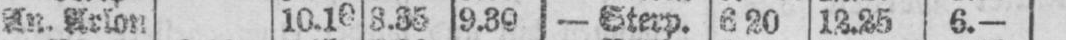
An. Arlon 10.10 3.35 9.39 - Sterp. 6.20 12.25 6.-